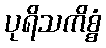
ပုရိသကိစ္စံ